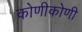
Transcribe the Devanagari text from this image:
कोणीकोणी